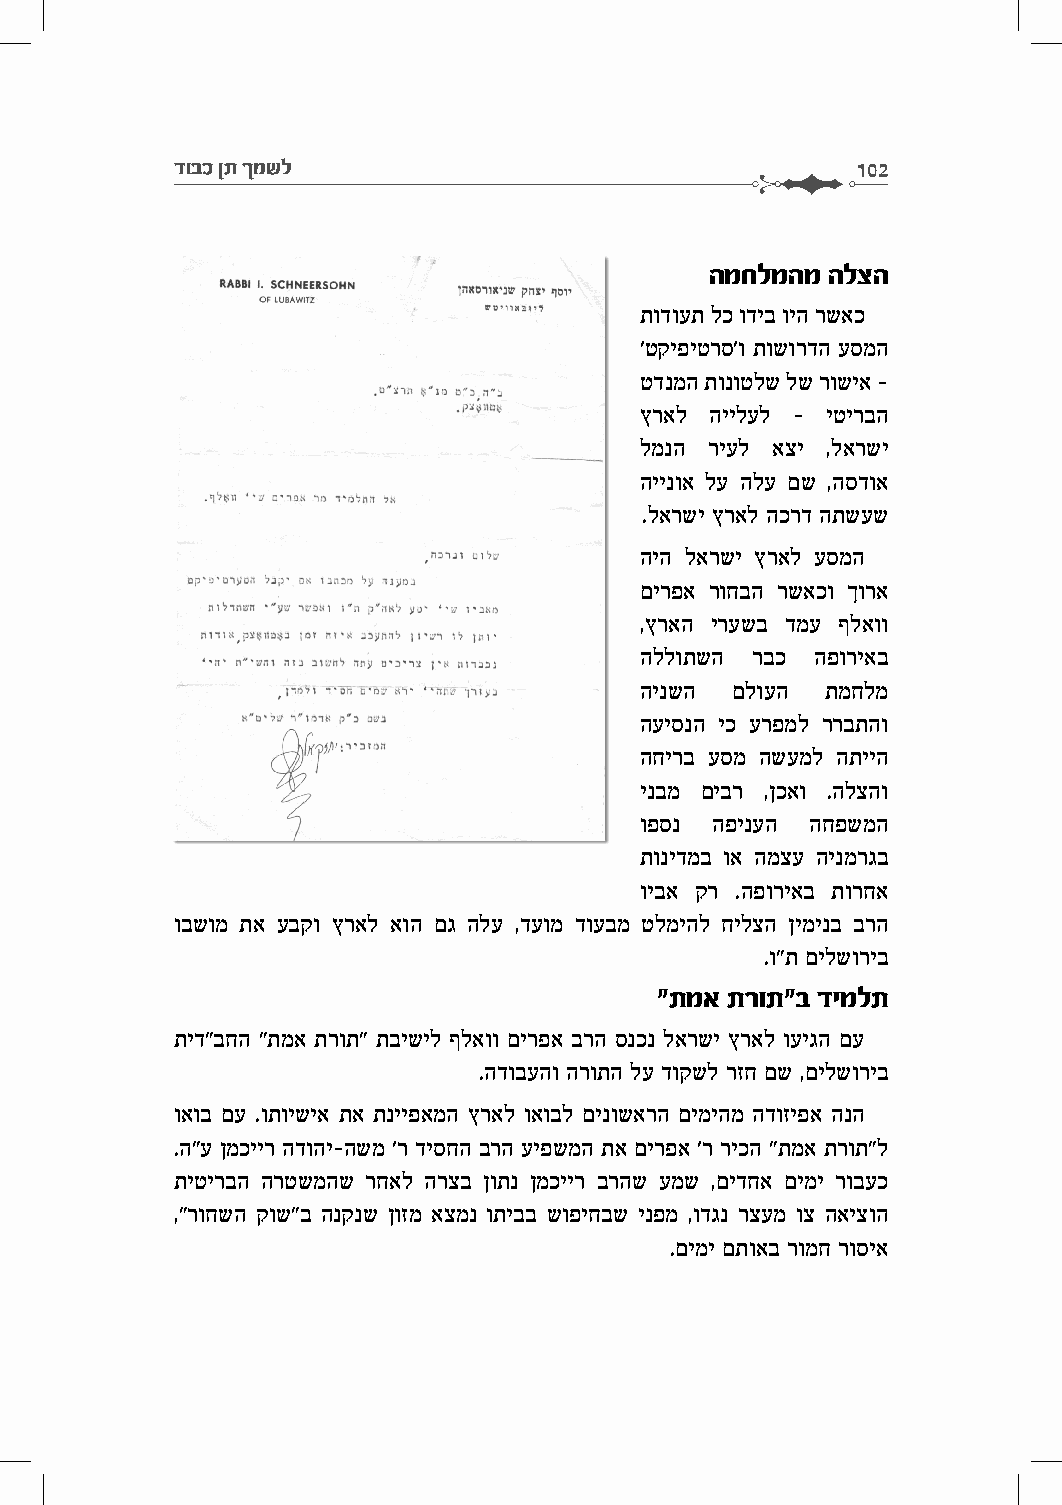
דובכ ןת ךמשל                                  102
 המחלמהמ הלצה
 תודועת לכ ודיב ויה רשאכ
 'טקיפיטרס'ו תושורדה עסמה
 טדנמה תונוטלש לש רושיא –
 ץראל היילעל - יטירבה
 למנה ריעל אצי ,לארשי
 היינוא לע הלע םש ,הסדוא
 .לארשי ץראל הכרד התשעש
 היה לארשי ץראל עסמה
 םירפא רוחבה רשאכו ךורא
 ,ץראה ירעשב דמע ףלאוו
 הללותשה רבכ הפוריאב
 הינשה םלועה  תמחלמ
 העיסנה יכ ערפמל ררבתהו
 החירב עסמ השעמל התייה
 ינבמ םיבר ,ןכאו .הלצהו
 ופסנ הפינעה החפשמה
 תונידמב וא המצע הינמרגב
 ויבא קר .הפוריאב תורחא
 ובשומ תא עבקו ץראל אוה םג הלע ,דעומ דועבמ טלמיהל חילצה ןימינב ברה
 .ו"ת םילשוריב
 "תמא תרות"ב דימלת
 תיד"בחה "תמא תרות" תבישיל ףלאוו םירפא ברה סנכנ לארשי ץראל ועיגה םע
 .הדובעהו הרותה לע דוקשל רזח םש ,םילשוריב
 ואוב םע .ותוישיא תא תנייפאמה ץראל ואובל םינושארה םימיהמ הדוזיפא הנה
 .ה"ע ןמכייר הדוהי-השמ 'ר דיסחה ברה עיפשמה תא םירפא 'ר ריכה "תמא תרות"ל
 תיטירבה הרטשמהש רחאל הרצב ןותנ ןמכייר ברהש עמש ,םידחא םימי רובעכ
 ,"רוחשה קוש"ב הנקנש ןוזמ אצמנ ותיבב שופיחבש ינפמ ,ודגנ רצעמ וצ האיצוה
 .םימי םתואב רומח רוסיא